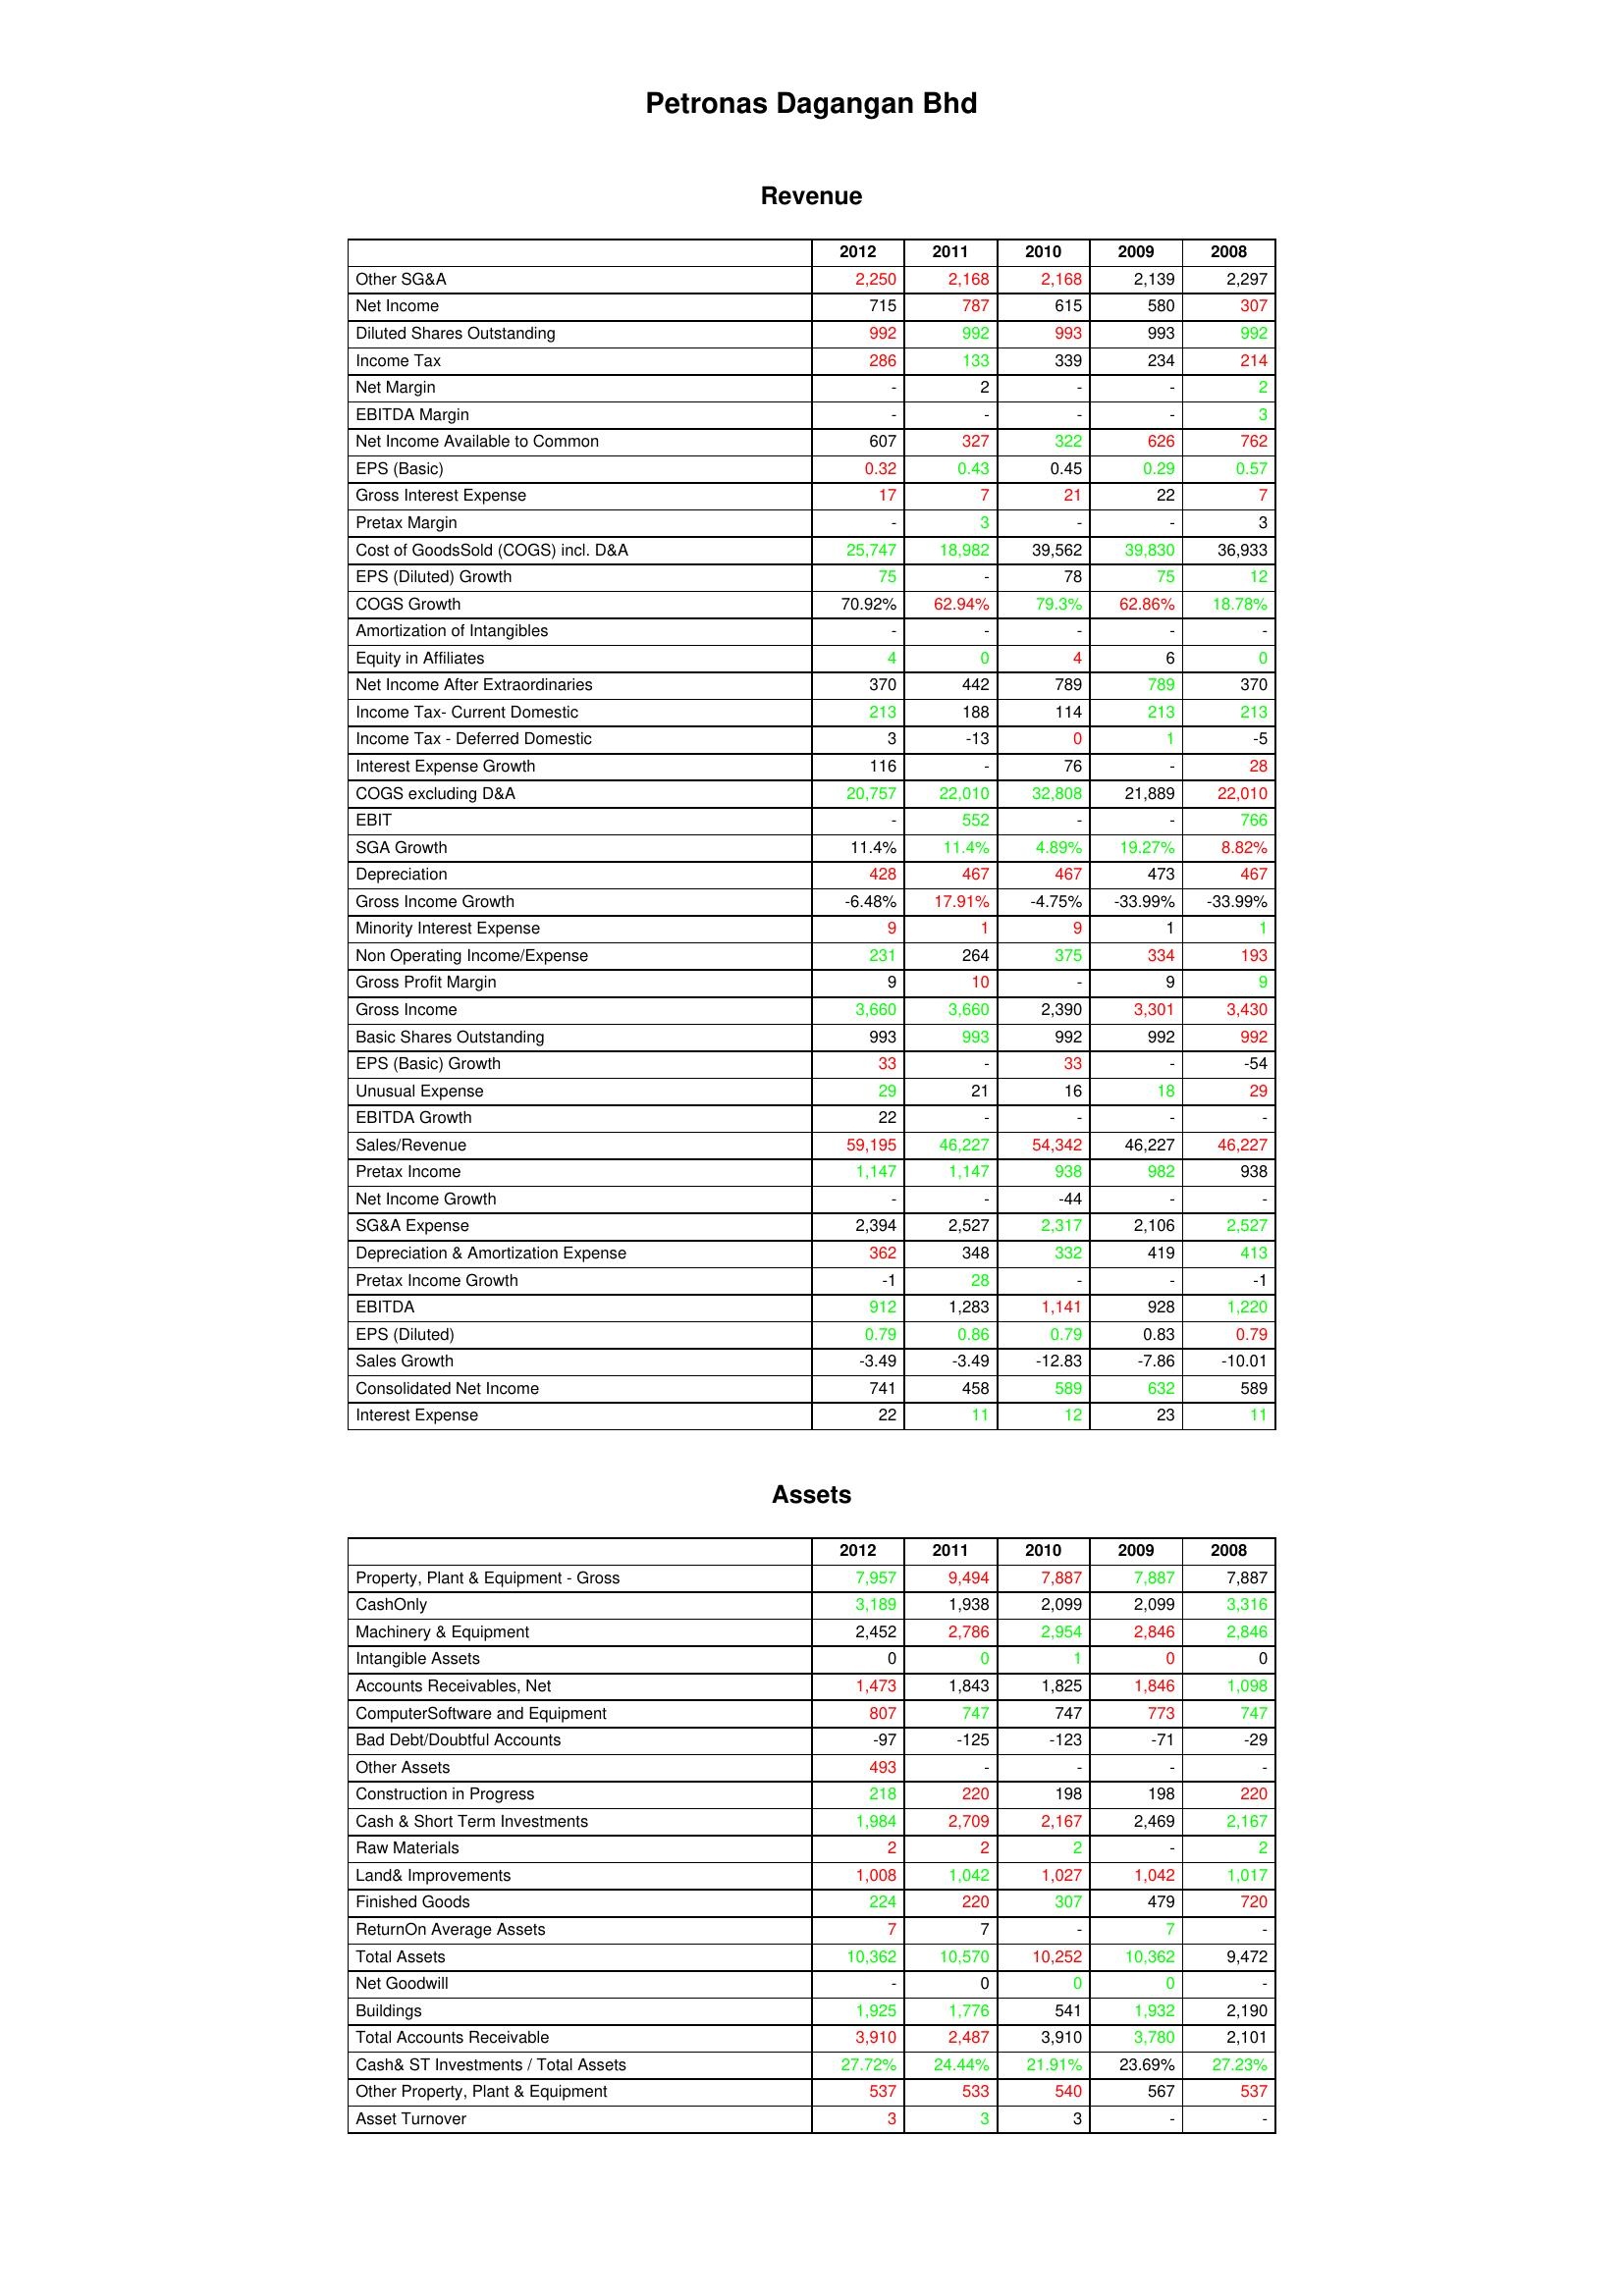
gt_parse: 2012: Revenue: Other SG&A: 2,250
Net Income: 715
Diluted Shares Outstanding: 992
Income Tax: 286
Net Margin: -
EBITDA Margin: -
Net Income Available to Common: 607
EPS (Basic): 0.32
Gross Interest Expense: 17
Pretax Margin: -
Cost of GoodsSold (COGS) incl. D&A: 25,747
EPS (Diluted) Growth: 75
COGS Growth: 70.92%
Amortization of Intangibles: -
Equity in Affiliates: 4
Net Income After Extraordinaries: 370
Income Tax- Current Domestic: 213
Income Tax - Deferred Domestic: 3
Interest Expense Growth: 116
COGS excluding D&A: 20,757
EBIT: -
SGA Growth: 11.4%
Depreciation: 428
Gross Income Growth: -6.48%
Minority Interest Expense: 9
Non Operating Income/Expense: 231
Gross Profit Margin: 9
Gross Income: 3,660
Basic Shares Outstanding: 993
EPS (Basic) Growth: 33
Unusual Expense: 29
EBITDA Growth: 22
Sales/Revenue: 59,195
Pretax Income: 1,147
Net Income Growth: -
SG&A Expense: 2,394
Depreciation & Amortization Expense: 362
Pretax Income Growth: -1
EBITDA: 912
EPS (Diluted): 0.79
Sales Growth: -3.49
Consolidated Net Income: 741
Interest Expense: 22
Assets: Property, Plant & Equipment - Gross : 7,957
CashOnly: 3,189
Machinery & Equipment: 2,452
Intangible Assets: 0
Accounts Receivables, Net: 1,473
ComputerSoftware and Equipment: 807
Bad Debt/Doubtful Accounts: -97
Other Assets: 493
Construction in Progress: 218
Cash & Short Term Investments: 1,984
Raw Materials: 2
Land& Improvements: 1,008
Finished Goods: 224
ReturnOn Average Assets: 7
Total Assets: 10,362
Net Goodwill: -
Buildings: 1,925
Total Accounts Receivable: 3,910
Cash& ST Investments / Total Assets: 27.72%
Other Property, Plant & Equipment: 537
Asset Turnover: 3
2011: Revenue: Other SG&A: 2,168
Net Income: 787
Diluted Shares Outstanding: 992
Income Tax: 133
Net Margin: 2
EBITDA Margin: -
Net Income Available to Common: 327
EPS (Basic): 0.43
Gross Interest Expense: 7
Pretax Margin: 3
Cost of GoodsSold (COGS) incl. D&A: 18,982
EPS (Diluted) Growth: -
COGS Growth: 62.94%
Amortization of Intangibles: -
Equity in Affiliates: 0
Net Income After Extraordinaries: 442
Income Tax- Current Domestic: 188
Income Tax - Deferred Domestic: -13
Interest Expense Growth: -
COGS excluding D&A: 22,010
EBIT: 552
SGA Growth: 11.4%
Depreciation: 467
Gross Income Growth: 17.91%
Minority Interest Expense: 1
Non Operating Income/Expense: 264
Gross Profit Margin: 10
Gross Income: 3,660
Basic Shares Outstanding: 993
EPS (Basic) Growth: -
Unusual Expense: 21
EBITDA Growth: -
Sales/Revenue: 46,227
Pretax Income: 1,147
Net Income Growth: -
SG&A Expense: 2,527
Depreciation & Amortization Expense: 348
Pretax Income Growth: 28
EBITDA: 1,283
EPS (Diluted): 0.86
Sales Growth: -3.49
Consolidated Net Income: 458
Interest Expense: 11
Assets: Property, Plant & Equipment - Gross : 9,494
CashOnly: 1,938
Machinery & Equipment: 2,786
Intangible Assets: 0
Accounts Receivables, Net: 1,843
ComputerSoftware and Equipment: 747
Bad Debt/Doubtful Accounts: -125
Other Assets: -
Construction in Progress: 220
Cash & Short Term Investments: 2,709
Raw Materials: 2
Land& Improvements: 1,042
Finished Goods: 220
ReturnOn Average Assets: 7
Total Assets: 10,570
Net Goodwill: 0
Buildings: 1,776
Total Accounts Receivable: 2,487
Cash& ST Investments / Total Assets: 24.44%
Other Property, Plant & Equipment: 533
Asset Turnover: 3
2010: Revenue: Other SG&A: 2,168
Net Income: 615
Diluted Shares Outstanding: 993
Income Tax: 339
Net Margin: -
EBITDA Margin: -
Net Income Available to Common: 322
EPS (Basic): 0.45
Gross Interest Expense: 21
Pretax Margin: -
Cost of GoodsSold (COGS) incl. D&A: 39,562
EPS (Diluted) Growth: 78
COGS Growth: 79.3%
Amortization of Intangibles: -
Equity in Affiliates: 4
Net Income After Extraordinaries: 789
Income Tax- Current Domestic: 114
Income Tax - Deferred Domestic: 0
Interest Expense Growth: 76
COGS excluding D&A: 32,808
EBIT: -
SGA Growth: 4.89%
Depreciation: 467
Gross Income Growth: -4.75%
Minority Interest Expense: 9
Non Operating Income/Expense: 375
Gross Profit Margin: -
Gross Income: 2,390
Basic Shares Outstanding: 992
EPS (Basic) Growth: 33
Unusual Expense: 16
EBITDA Growth: -
Sales/Revenue: 54,342
Pretax Income: 938
Net Income Growth: -44
SG&A Expense: 2,317
Depreciation & Amortization Expense: 332
Pretax Income Growth: -
EBITDA: 1,141
EPS (Diluted): 0.79
Sales Growth: -12.83
Consolidated Net Income: 589
Interest Expense: 12
Assets: Property, Plant & Equipment - Gross : 7,887
CashOnly: 2,099
Machinery & Equipment: 2,954
Intangible Assets: 1
Accounts Receivables, Net: 1,825
ComputerSoftware and Equipment: 747
Bad Debt/Doubtful Accounts: -123
Other Assets: -
Construction in Progress: 198
Cash & Short Term Investments: 2,167
Raw Materials: 2
Land& Improvements: 1,027
Finished Goods: 307
ReturnOn Average Assets: -
Total Assets: 10,252
Net Goodwill: 0
Buildings: 541
Total Accounts Receivable: 3,910
Cash& ST Investments / Total Assets: 21.91%
Other Property, Plant & Equipment: 540
Asset Turnover: 3
2009: Revenue: Other SG&A: 2,139
Net Income: 580
Diluted Shares Outstanding: 993
Income Tax: 234
Net Margin: -
EBITDA Margin: -
Net Income Available to Common: 626
EPS (Basic): 0.29
Gross Interest Expense: 22
Pretax Margin: -
Cost of GoodsSold (COGS) incl. D&A: 39,830
EPS (Diluted) Growth: 75
COGS Growth: 62.86%
Amortization of Intangibles: -
Equity in Affiliates: 6
Net Income After Extraordinaries: 789
Income Tax- Current Domestic: 213
Income Tax - Deferred Domestic: 1
Interest Expense Growth: -
COGS excluding D&A: 21,889
EBIT: -
SGA Growth: 19.27%
Depreciation: 473
Gross Income Growth: -33.99%
Minority Interest Expense: 1
Non Operating Income/Expense: 334
Gross Profit Margin: 9
Gross Income: 3,301
Basic Shares Outstanding: 992
EPS (Basic) Growth: -
Unusual Expense: 18
EBITDA Growth: -
Sales/Revenue: 46,227
Pretax Income: 982
Net Income Growth: -
SG&A Expense: 2,106
Depreciation & Amortization Expense: 419
Pretax Income Growth: -
EBITDA: 928
EPS (Diluted): 0.83
Sales Growth: -7.86
Consolidated Net Income: 632
Interest Expense: 23
Assets: Property, Plant & Equipment - Gross : 7,887
CashOnly: 2,099
Machinery & Equipment: 2,846
Intangible Assets: 0
Accounts Receivables, Net: 1,846
ComputerSoftware and Equipment: 773
Bad Debt/Doubtful Accounts: -71
Other Assets: -
Construction in Progress: 198
Cash & Short Term Investments: 2,469
Raw Materials: -
Land& Improvements: 1,042
Finished Goods: 479
ReturnOn Average Assets: 7
Total Assets: 10,362
Net Goodwill: 0
Buildings: 1,932
Total Accounts Receivable: 3,780
Cash& ST Investments / Total Assets: 23.69%
Other Property, Plant & Equipment: 567
Asset Turnover: -
2008: Revenue: Other SG&A: 2,297
Net Income: 307
Diluted Shares Outstanding: 992
Income Tax: 214
Net Margin: 2
EBITDA Margin: 3
Net Income Available to Common: 762
EPS (Basic): 0.57
Gross Interest Expense: 7
Pretax Margin: 3
Cost of GoodsSold (COGS) incl. D&A: 36,933
EPS (Diluted) Growth: 12
COGS Growth: 18.78%
Amortization of Intangibles: -
Equity in Affiliates: 0
Net Income After Extraordinaries: 370
Income Tax- Current Domestic: 213
Income Tax - Deferred Domestic: -5
Interest Expense Growth: 28
COGS excluding D&A: 22,010
EBIT: 766
SGA Growth: 8.82%
Depreciation: 467
Gross Income Growth: -33.99%
Minority Interest Expense: 1
Non Operating Income/Expense: 193
Gross Profit Margin: 9
Gross Income: 3,430
Basic Shares Outstanding: 992
EPS (Basic) Growth: -54
Unusual Expense: 29
EBITDA Growth: -
Sales/Revenue: 46,227
Pretax Income: 938
Net Income Growth: -
SG&A Expense: 2,527
Depreciation & Amortization Expense: 413
Pretax Income Growth: -1
EBITDA: 1,220
EPS (Diluted): 0.79
Sales Growth: -10.01
Consolidated Net Income: 589
Interest Expense: 11
Assets: Property, Plant & Equipment - Gross : 7,887
CashOnly: 3,316
Machinery & Equipment: 2,846
Intangible Assets: 0
Accounts Receivables, Net: 1,098
ComputerSoftware and Equipment: 747
Bad Debt/Doubtful Accounts: -29
Other Assets: -
Construction in Progress: 220
Cash & Short Term Investments: 2,167
Raw Materials: 2
Land& Improvements: 1,017
Finished Goods: 720
ReturnOn Average Assets: -
Total Assets: 9,472
Net Goodwill: -
Buildings: 2,190
Total Accounts Receivable: 2,101
Cash& ST Investments / Total Assets: 27.23%
Other Property, Plant & Equipment: 537
Asset Turnover: -